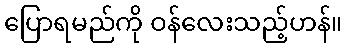
ပြောရမည်ကို ဝန်လေးသည့်ဟန်။